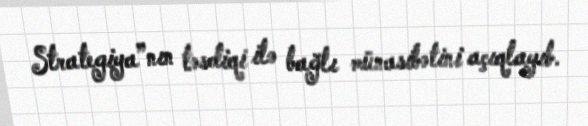
Strategiya”nın təsdiqi ilə bağlı münasibətini açıqlayıb.